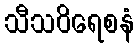
သီသဝိရေစနံ